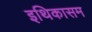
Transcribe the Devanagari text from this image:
इथिकासम